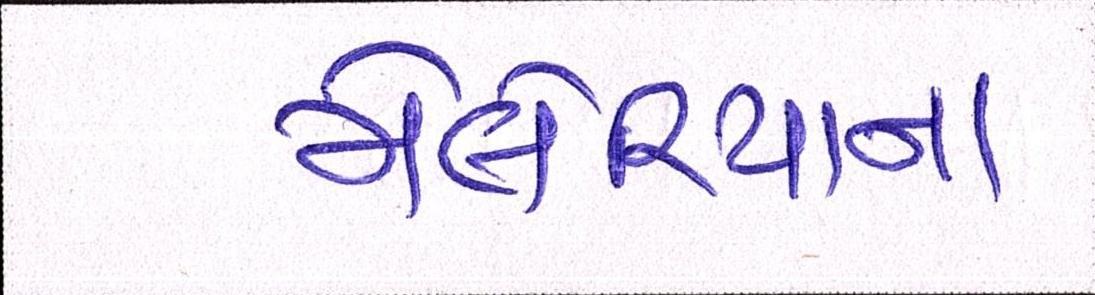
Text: મેલેરિયાના